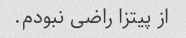
از پیتزا راضی نبودم.